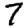
Digit: 7